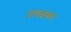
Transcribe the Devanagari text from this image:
प्रत्यक्षकर